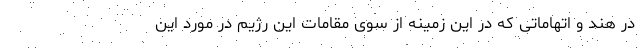
در هند و اتهاماتی که در این زمینه از سوی مقامات این رژیم در مورد این